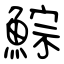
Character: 鯮